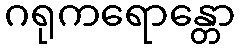
ဂရုကရောန္တော